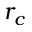
r _ { c }